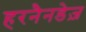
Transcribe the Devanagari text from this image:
हरनैनडेज़